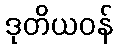
ဒုတိယဝန်